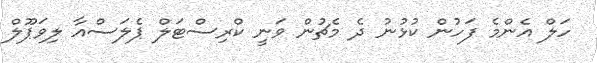
ހަލް އެންމެ ފަހުން ކުޅުނު ދެ މެޗުން ވަނީ ކްރިސްޓަލް ޕެލަސްއާ ލިވަޕޫލް